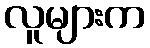
လူများက